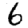
Digit: 6